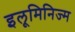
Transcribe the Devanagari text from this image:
इलूमिनिज्म